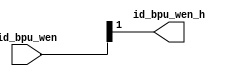
module Section_bpu_wen(
	input [1:0]id_bpu_wen,
	output id_bpu_wen_h
);

	assign id_bpu_wen_h = id_bpu_wen[1];

endmodule